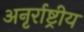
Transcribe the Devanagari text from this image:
अनृर्राष्ट्रीय